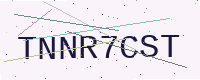
Text: TNNR7CST